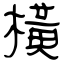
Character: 橫